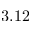
3 . 1 2